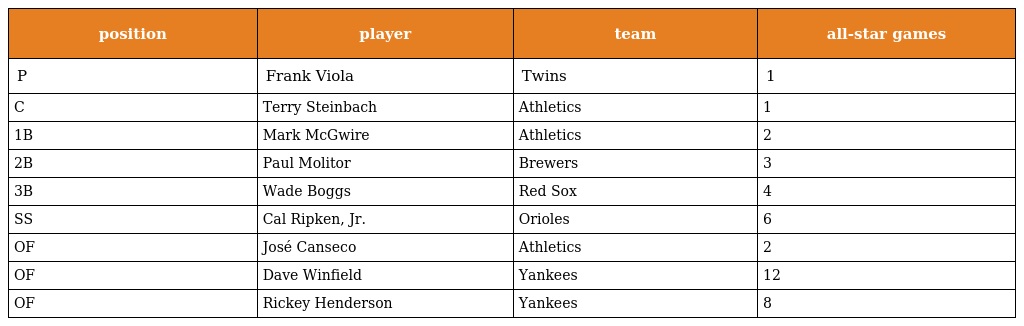
| position | player | team | all-star games |
 | --- | --- | --- | --- |
 | P | Frank Viola | Twins | 1 |
 | C | Terry Steinbach | Athletics | 1 |
 | 1B | Mark McGwire | Athletics | 2 |
 | 2B | Paul Molitor | Brewers | 3 |
 | 3B | Wade Boggs | Red Sox | 4 |
 | SS | Cal Ripken, Jr. | Orioles | 6 |
 | OF | José Canseco | Athletics | 2 |
 | OF | Dave Winfield | Yankees | 12 |
 | OF | Rickey Henderson | Yankees | 8 |